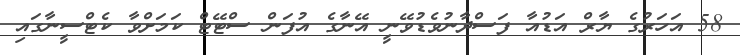
58 އަހަރުގެ ޔާރް އަޑުއާ ފަސްދާނުވެޑުވޭނީ އޭނާގެ އުފަން ސްޓޭޓް ކަމަށްވާ ކެޓްސީނާގައި